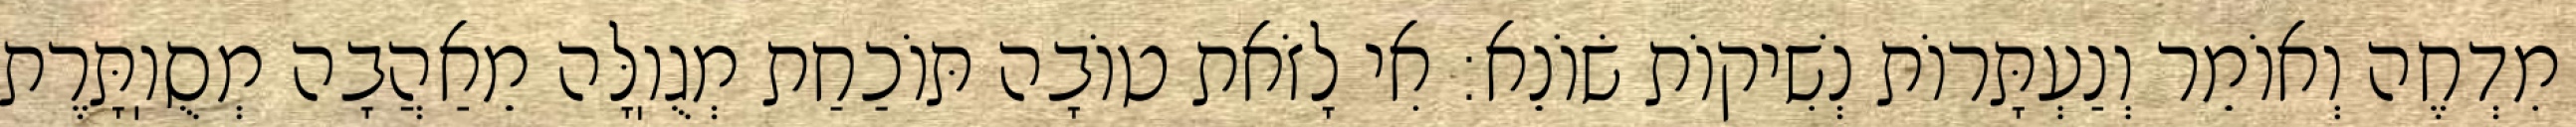
מִדְחֶה וְאוֹמֵר וְנַעְתָּרוֹת נְשִׁיקוֹת שׂוֹנֵא: אִי לָזֹאת טוֹבָה תּוֹכַחַת מְגֻוֽלָּה מֵאַהֲבָה מְסֻוֽתָּרֶת